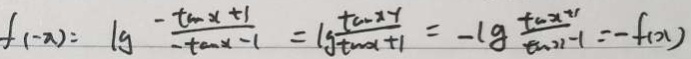
f ( - x ) = \lg \frac { - \tan x + 1 } { - \tan x - 1 } = \lg \frac { \tan x } { \tan x + 1 } = - \lg \frac { \tan ^ { 4 } } { \cos 2 1 } - 1 = - f ( x )